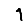
Digit: 1